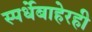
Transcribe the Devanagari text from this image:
स्पर्धेबाहेरही